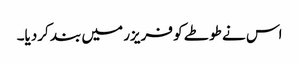
اس نے طوطے کو فریزر میں بند کردیا۔